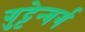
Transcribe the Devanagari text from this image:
गुट्टेन्बर्ग